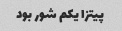
پیتزا یکم شور بود